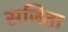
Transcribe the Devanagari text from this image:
सजिता